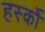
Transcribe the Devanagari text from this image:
हर्स्को